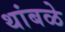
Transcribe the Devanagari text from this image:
थांबळे